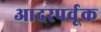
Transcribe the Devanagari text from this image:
आदरपर्वूक